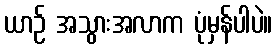
ယာဉ် အသွားအလာက ပုံမှန်ပါပဲ။